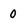
Character: 0